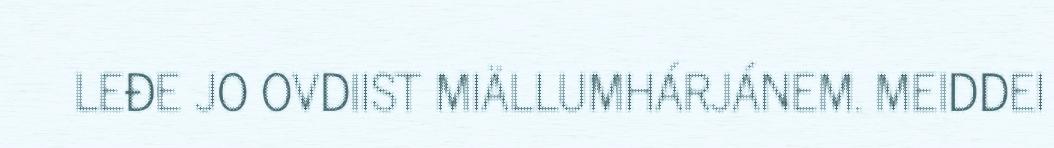
LEĐE JO OVDIIST MIÄLLUMHÁRJÁNEM. MEIDDEI